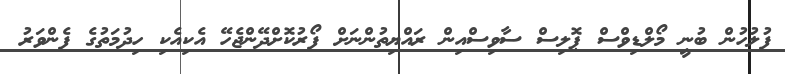
ފުލުހުން ބުނީ މޯލްޑިވްސް ޕޮލިސް ސާވިސްއިން ރައްޔިތުންނަށް ފޯރުކޮށްދޭންޖެހޭ އެކިއެކި ހިދުމަތުގެ ފެންވަރު